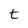
Character: t